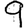
Digit: 9